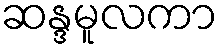
ဆန္ဒမူလကာ